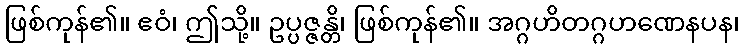
ဖြစ်ကုန်၏။ ဧဝံ၊ ဤသို့။ ဥပ္ပဇ္ဇန္တိ၊ ဖြစ်ကုန်၏။ အဂ္ဂဟိတဂ္ဂဟဏေနပန၊